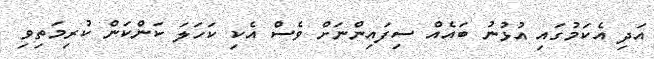
އަދި އެކަމުގައި އުޅުނު ބައެއް ސިފައިންނަށް ވެސް އެކި ކަހަލަ ކަންކަން ކުރިމަތިވި